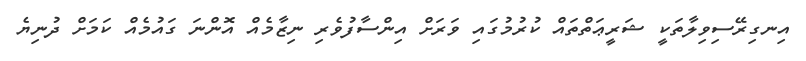
އިނގިރޭސިވިލާތަކީ ޝަރީޢަތްތައް ކުރުމުގައި ވަރަށް އިންސާފުވެރި ނިޒާމެއް އޮންނަ ގައުމެއް ކަމަށް ދުނިޔެ